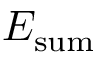
E _ { \mathrm { s u m } }